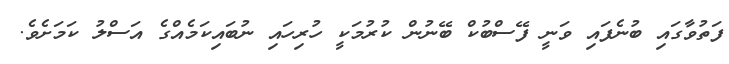
ފަތުވާގައި ބުނެފައި ވަނީ ފޭސްބުކް ބޭނުން ކުރުމަކީ ހުރިހައި ނުބައިކަމެއްގެ އަސްލު ކަމަށެވެ.